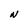
Character: N